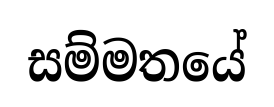
සම්මතයේ